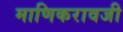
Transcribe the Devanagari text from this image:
माणिकरावजी